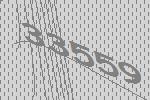
33559